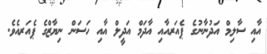
އާއި ސާލިމް އަދުނާނުގެ ޕެއަރއާއި އާދަމް އަދީލް އާއި ހަސަން ނިޔާޒްގެ ޕެއަރއެވެ.